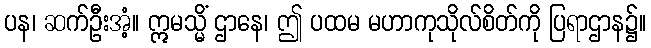
ပန၊ ဆက်ဦးအံ့။ ဣမသ္မိံ ဌာနေ၊ ဤ ပထမ မဟာကုသိုလ်စိတ်ကို ပြရာဌာန၌။